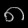
Digit: ၈